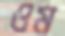
ওম